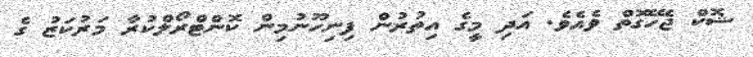
ޝޮކް ޖެހޭގޮތް ވެއެވެ. އަދި މީގެ އިތުރުން ފިނިހޫނުމިން ކޮންޓްރޯލްކުރާ މަރުކަޒު ގެ